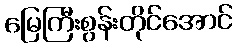
မြေကြီးစွန်းတိုင်အောင်